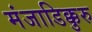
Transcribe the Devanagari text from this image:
मंजाडिक्कुरु